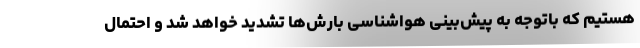
هستیم که باتوجه به پیش‌بینی هواشناسی بارش‌ها تشدید خواهد شد و احتمال